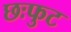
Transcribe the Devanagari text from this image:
छःफुट